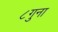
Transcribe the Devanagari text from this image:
८गुना